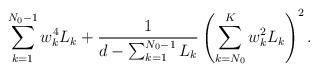
LaTeX: \begin{align*}\sum_{k=1}^{N_0-1}w_k^4L_k+\frac{1}{d-\sum_{k=1}^{N_0-1}L_k}\left(\sum_{k=N_0}^{K}w_k^2L_k\right)^2.\end{align*}